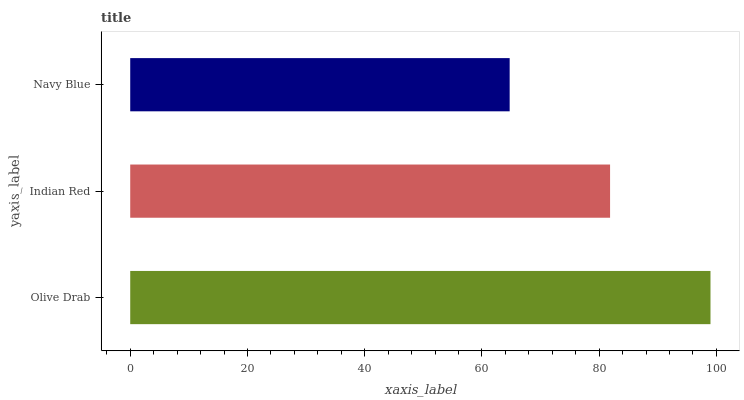
| yaxis_label | bars |
 | --- | --- |
 | Olive Drab | 99 |
 | Indian Red | 81.9 |
 | Navy Blue | 64.7 |